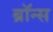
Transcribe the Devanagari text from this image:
ब्रॉन्‍स